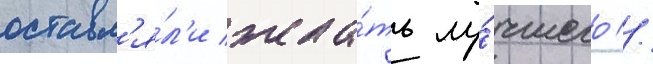
оставл'я́л'и жела́ть лу́чшего //